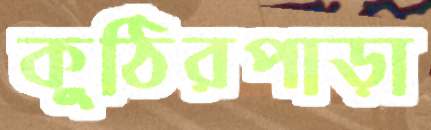
কুঠিরপাড়া